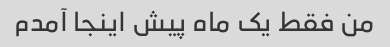
من فقط یک ماه پیش اینجا آمدم